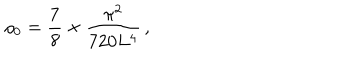
LaTeX: \rho _ { 0 } = { \frac { 7 } { 8 } } \times { \frac { \pi ^ { 2 } } { 7 2 0 L ^ { 4 } } } \, ,